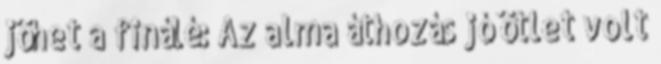
jöhet a finálé: Az alma áthozás jó ötlet volt